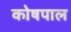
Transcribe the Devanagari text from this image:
कोषपाल